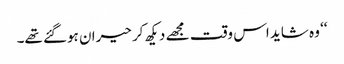
‘‘ وہ شاید اس وقت مجھے دیکھ کر حیران ہوگئے تھے۔